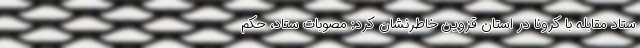
ستاد مقابله با کرونا در استان قزوین خاطرنشان کرد: مصوبات ستاد، حکم